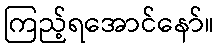
ကြည့်ရအောင်နော်။